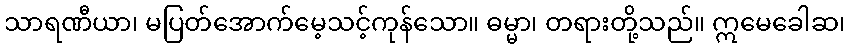
သာရဏီယာ၊ မပြတ်အောက်မေ့သင့်ကုန်သော။ ဓမ္မာ၊ တရားတို့သည်။ ဣမေခေါဆ၊